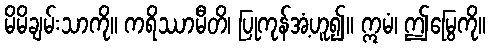
မိမိချမ်းသာကို။ ကရိဿာမီတိ၊ ပြုကုန်အံ့ဟူ၍။ ဣမံ၊ ဤမြွေကို။